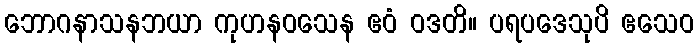
ဘောဂနာသနဘယာ ကုဟနဝသေန ဧဝံ ဝဒတိ။ ပရပဒေသုပိ ဧသေဝ